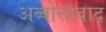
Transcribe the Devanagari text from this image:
अब्बोत्ताबाद